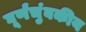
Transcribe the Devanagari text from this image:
घूर्णंचुंबकीय